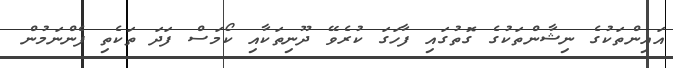
އައިންތަކުގެ ނިޝާންތަކުގެ ގޮތުގައި ފާހަގަ ކުރެވޭ ދޫނިތަކާއި ކޯމަސް ފަދަ ތަކެތި ފެންނަމުން